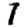
Digit: 7